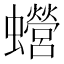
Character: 𧕍